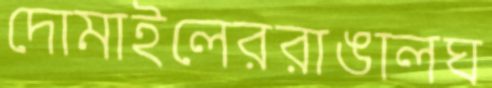
দোমাইলেররাঙালঘ